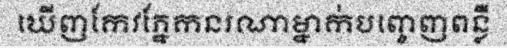
ឃើញកែវភ្នែកនរណាម្នាក់បញ្ចេញពន្លឺ